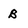
Character: B